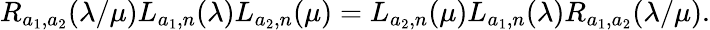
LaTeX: R_{a_{1},a_{2}}(\lambda/\mu)L_{a_{1},n}(\lambda)L_{a_{2},n}(\mu)=L_{a_{2},n}(\mu)L_{a_{1},n}(\lambda)R_{a_{1},a_{2}}(\lambda/\mu).